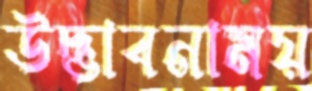
উদ্ভাবনাময়